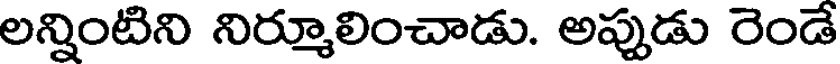
లన్నింటిని నిర్మూలించాడు. అప్పుడు రెండే